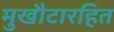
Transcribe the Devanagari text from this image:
मुखौटारहित